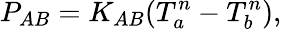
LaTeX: P_{AB}=K_{AB}(T_{a}^{n}-T_{b}^{n}),